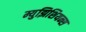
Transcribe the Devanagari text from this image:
म्युझिशियन्स